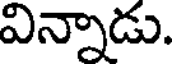
విన్నాడు.